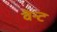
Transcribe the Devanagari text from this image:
वेन्ट